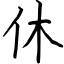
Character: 休